Report on the nature of kala-azar
Disease focus: Kala-Azar
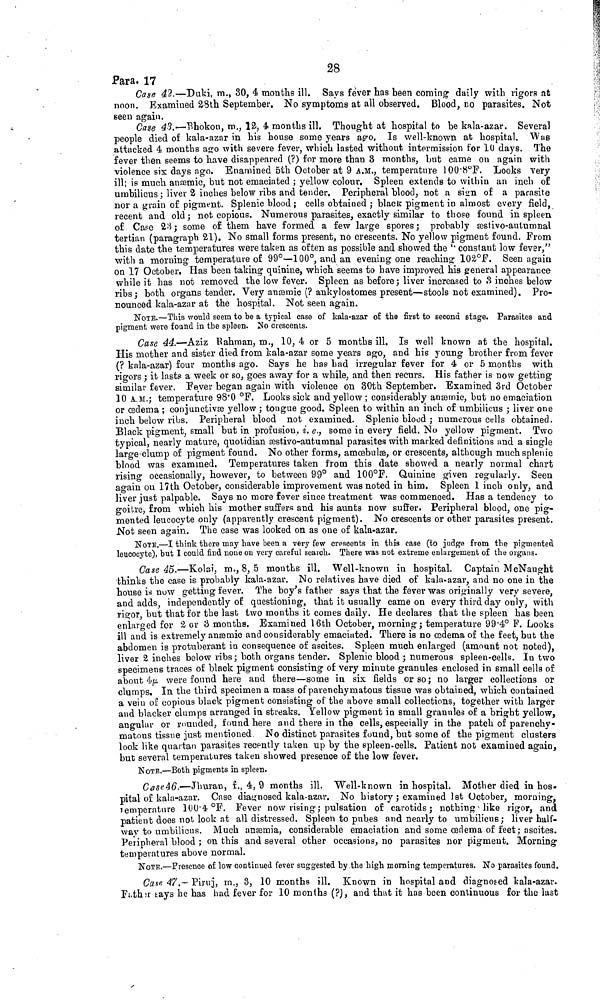
28
Para. 17
Case 42.—Duki, m., 30, 4 months ill. Says fever has been coming daily with rigors at
noon. Examined 28th September. No symptoms at all observed. Blood, no parasites. Not
seen again.
Case 43.—Bhokon, m., 12, 4 months ill. Thought at hospital to be kala-azar. Several
people died of kala-azar in his house some years ago. Is well-known at hospital. Was
attacked 4 months ago with severe fever, which lasted without intermission for 10 days. The
fever then seems to have disappeared (?) for more than 3 months, but came on again with
violence six days ago. Examined 5th October at 9 A.M., temperature 100.8°F. Looks very
ill; is much anæmic, but not emaciated ; yellow colour. Spleen extends to within an inch of
umbilicus ; liver 2 inches below ribs and tender. Peripheral blood, not a sign of a parasite
nor a grain of pigment. Splenic blood ; cells obtained ; black pigment in almost every field,
recent and old ; not copious. Numerous parasites, exactly similar to those found in spleen
of Case 28 ; some of them have formed a few large spores ; probably æstivo-autumnal
tertian (paragraph 21). No small forms present, no crescents. No yellow pigment found. From
this date the temperatures were taken as often as possible and showed the " constant low fever,"
with a morning temperature of 99°—100°, and an evening one reaching 102°F. Seen again
on 17 October. Has been taking quinine, which seems to have improved his general appearance
while it has not removed the low fever. Spleen as before ; liver increased to 3 inches below
ribs; both organs tender. Very anæmic (? ankylostomes present—stools not examined). Pro-
nounced kala-azar at the hospital. Not seen again.
NOTE.—This would seem to be a typical case of kala-azar of the first to second stage. Parasites and
pigment were found in the spleen. No crescents.
Case 44.—Aziz Rahman, m., 10, 4 or 5 months ill. Is well known at the hospital.
His mother and sister died from kala-azar some years ago, and his young brother from fever
(? kala-azar) four months ago. Says he has had irregular fever for 4 or 5 months with
rigors ; it lasts a week or so, goes away for a while, and then recurs. His father is now getting
similar fever. Fever began again with violence on 30th September. Examined 3rd October
10 A.M.; temperature 98.0 °F. Looks sick and yellow ; considerably anæmic, but no emaciation
or oedema ; conjunctivæ yellow ; tongue good. Spleen to within an inch of umbilicus ; liver one
inch below ribs. Peripheral blood not examined. Splenic blood ; numerous cells obtained.
Black pigment, small but in profusion. i. e., some in every field. No yellow pigment. Two
typical, nearly mature, quotidian æstivo-autumnal parasites with marked definitions and a single
large clump of pigment found. No other forms, amœbulæ, or crescents, although much splenic
blood was examined. Temperatures taken from this date showed a nearly normal chart
rising occasionally, however, to between 99° and 100°F. Quinine given regularly. Seen
again on 17th October, considerable improvement was noted in him. Spleen 1 inch only, and
liver just palpable. Says no more fever since treatment was commenced. Has a tendency to
goitre, from which his mother suffers and his aunts now suffer. Peripheral blood, one pig-
mented leucocyte only (apparently crescent pigment). No crescents or other parasites present.
Not seen again. The case was looked on as one of kala-azar.
NOTE.—I think there may have been a very few crescents in this case (to judge from the pigmented
leucocyte), but I could find none on very careful search. There was not extreme enlargement of the organs.
Case 45.—Kolai, m., 8, 5 mouths ill. Well-known in hospital. Captain McNaught
thinks the case is probably kala-azar. No relatives have died of kala-azar, and no one in the
house is now getting fever. The boy's father says that the fever was originally very severe,
and adds, independently of questioning, that it usually came on every third day only, with
rigor, but that for the last two months it comes daily. He declares that the spleen has been
enlarged for 2 or 3 months. Examined 16th October, morning ; temperature 99.4° F. Looks
ill and is extremely anæmic and considerably emaciated. There is no œdema of the feet, but the
abdomen is protuberant in consequence of ascites. Spleen much enlarged (amount not noted),
liver 2 inches below ribs; both organs tender. Splenic blood ; numerous spleen-cells. In two
specimens traces of black pigment consisting of very minute granules enclosed in small cells of
about 4μ were found here and there—some in six fields or so ; no larger collections or
clumps. In the third specimen a mass of parenchymatous tissue was obtained, which contained
a vein of copious black pigment consisting of the above small collections, together with larger
and blacker clumps arranged in streaks. Yellow pigment in small granules of a bright yellow,
angular or rounded, found here and there in the cells, especially in the patch of parenchy-
matous tissue just mentioned No distinct parasites found, but some of the pigment clusters
look like quartan parasites recently taken up by the spleen-cells. Patient not examined again,
but several temperatures taken showed presence of the low fever.
KOTE.—Both pigments in spleen.
Case 46.—Jhuran, f., 4, 9 months ill. Well-known in hospital. Mother died in hos.
pital of kala-azar. Case diagnosed kala-azar. No history ; examined 1st October, morning,
temperature 100.4 °F. Fever now rising; pulsation of carotids ; nothing like rigor, and
patient does not look at all distressed. Spleen to pubes and nearly to umbilicus; liver half-
way to umbilicus. Much anæmia, considerable emaciation and some œdema of feet ; ascites.
Peripheral blood ; on this and several other occasions, no parasites nor pigment. Morning
temperatures above normal.
NOTE.—Presence of low continued fever suggested by the high morning temperatures. No parasites found.
Case 47.— Piruj, m., 3, 10 months ill. Known in hospital and diagnosed kala-azar.
Father says he has had fever for 10 months (?), and that it has been continuous for the last